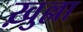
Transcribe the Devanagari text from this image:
ख़ुल्ला